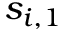
s _ { i , 1 }